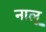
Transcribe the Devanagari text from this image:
नालू